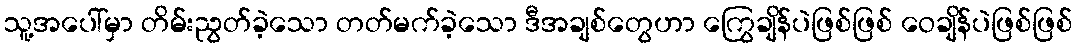
သူ့အပေါ်မှာ တိမ်းညွတ်ခဲ့သော တတ်မက်ခဲ့သော ဒီအချစ်တွေဟာ ကြွေချိန်ပဲဖြစ်ဖြစ် ဝေချိန်ပဲဖြစ်ဖြစ်